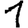
Digit: 1